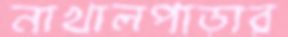
নাখালপাড়ার